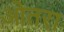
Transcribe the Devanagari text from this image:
ओतरा